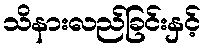
သိနားလည်ခြင်းနှင့်